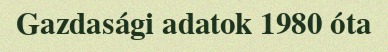
Gazdasági adatok 1980 óta